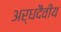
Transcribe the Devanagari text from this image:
अर्धदैवीय